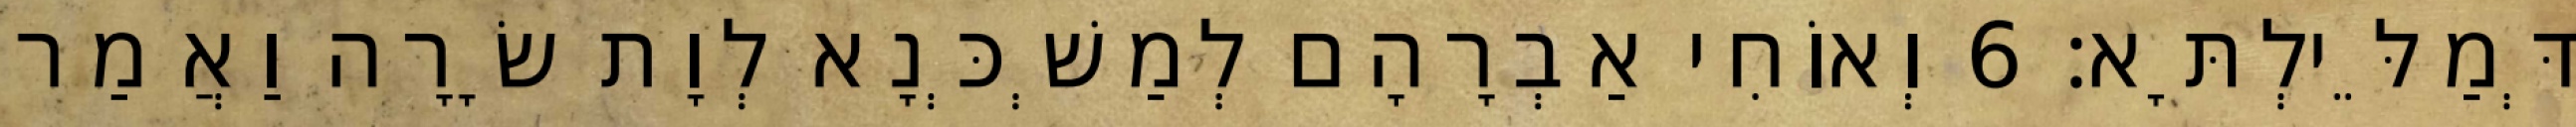
דְּמַלֵּילְתָּא׃ 6 וְאוֹחִי אַבְרָהָם לְמַשְׁכְּנָא לְוָת שָׂרָה וַאֲמַר